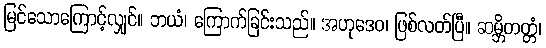
မြင်သောကြောင့်လျှင်။ ဘယံ၊ ကြောက်ခြင်းသည်။ အဟုဒေဝ၊ ဖြစ်လတ်ပြီ။ ဆမ္ဘိတတ္တံ၊